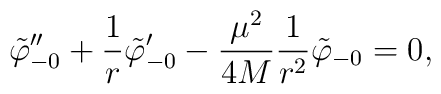
{\tilde \varphi_{-0}}''+ {1 \over r} {\tilde \varphi_{-0}}'- {\mu^2 \over {4 M} }{1 \over r^2}{\tilde \varphi_{-0}}=0,